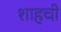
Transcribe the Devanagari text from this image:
शाहची